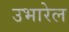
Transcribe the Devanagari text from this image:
उभारेल